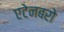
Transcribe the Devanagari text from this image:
एटेनबरो